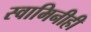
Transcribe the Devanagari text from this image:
स्वामिनीही